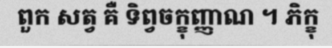
ពួក សត្វ គឺ ទិព្វចក្ខុញ្ញាណ ។ ភិក្ខុ